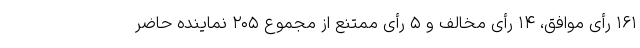
۱۶۱ رأی موافق، ۱۴ رأی مخالف و ۵ رأی ممتنع از مجموع ۲۰۵ نماینده حاضر